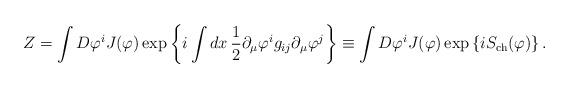
LaTeX: \begin{align*}Z = \int D\varphi^i J(\varphi)\exp\left\{i\int dx\,\frac{1}{2}\partial_\mu\varphi^ig_{ij}\partial_\mu\varphi^j\right\}\equiv\int D\varphi^i J(\varphi) \exp\left\{iS_{\rm ch}(\varphi)\right\}.\end{align*}